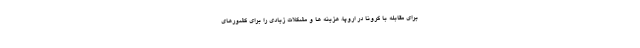
برای مقابله با کرونا در اروپا، هزینه ها و مشکلات زیادی را برای کشورهای